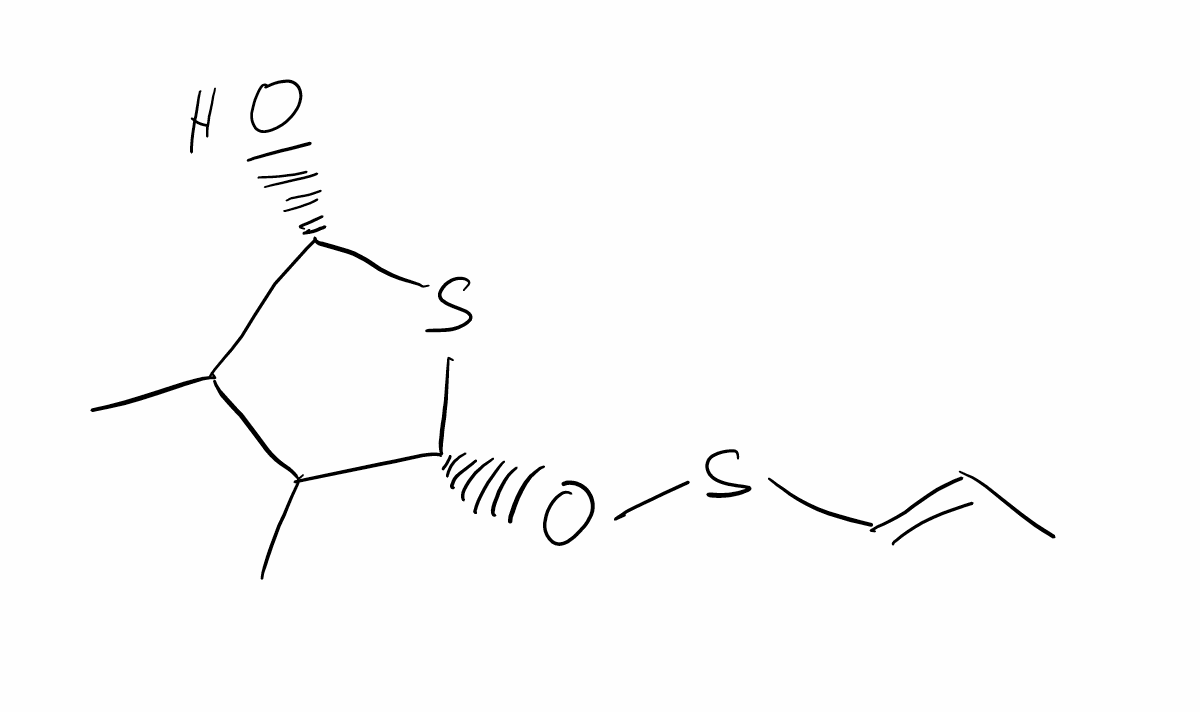
Simplified molecular-input line-entry system (SMILES) notation of the given molecule:
C/C=C/SO[C@@H]1C(C([C@@H](S1)O)C)C